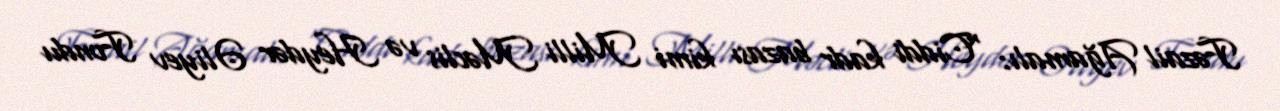
Fəzail Ağamalı: “Ciddi kadr bazası kimi Milli Məclis və Heydər Əliyev Fondu